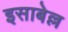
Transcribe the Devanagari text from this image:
इसाबेल्ल